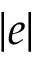
| e |